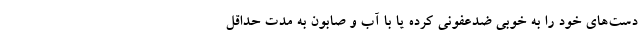
دست‌های خود را به خوبی ضدعفونی کرده یا با آب و صابون به مدت حداقل